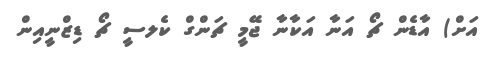
އަށް) އާޑެން ޗޯ އަނާ އަކާނާ ޖޭމީ ޗަންގް ކެލސީ ޗޯ ޑިޒްނީއިން